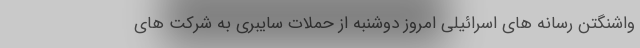
واشنگتن رسانه های اسرائیلی امروز دوشنبه از حملات سایبری به شرکت های